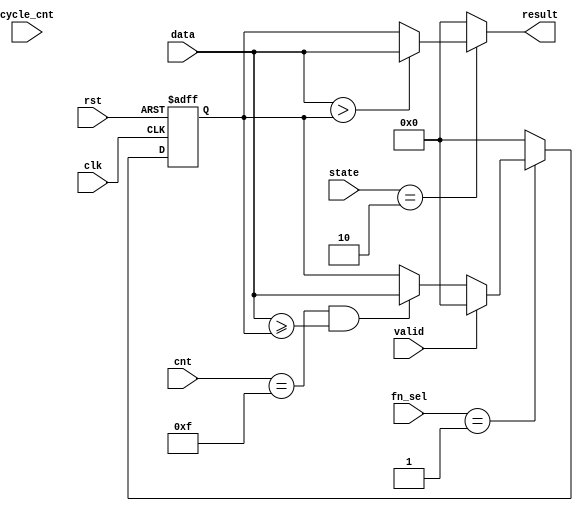

module filter1( clk, rst, fn_sel,cnt,data,state,valid,cycle_cnt,result);
input          clk;
input          rst;
input  [2:0]   fn_sel;
input  [5:0]   cnt;
input  [127:0]   data;
input  [2:0]     state;
input            valid;
input    [7:0] cycle_cnt;

output reg[127:0] result;




reg[127:0] temp;






always@(posedge clk or posedge rst)begin
    if(rst)begin
        temp<=0;
    end
    else begin
        if(fn_sel==3'b001)begin
            if(valid)begin
                temp<=0;
            end
            else if(cnt==15 & data>=temp)begin
                temp<=data;
            end
            else begin
                temp<=temp;
            end
        end
        else begin
            temp<=0;
        end
    end
end




always@(*)begin
    if(state==3'b010)begin
        if(data>temp)begin
            result=data;
        end
        else begin
            result=temp;
        end
    end
    else begin
        result=0;
    end
end



endmodule